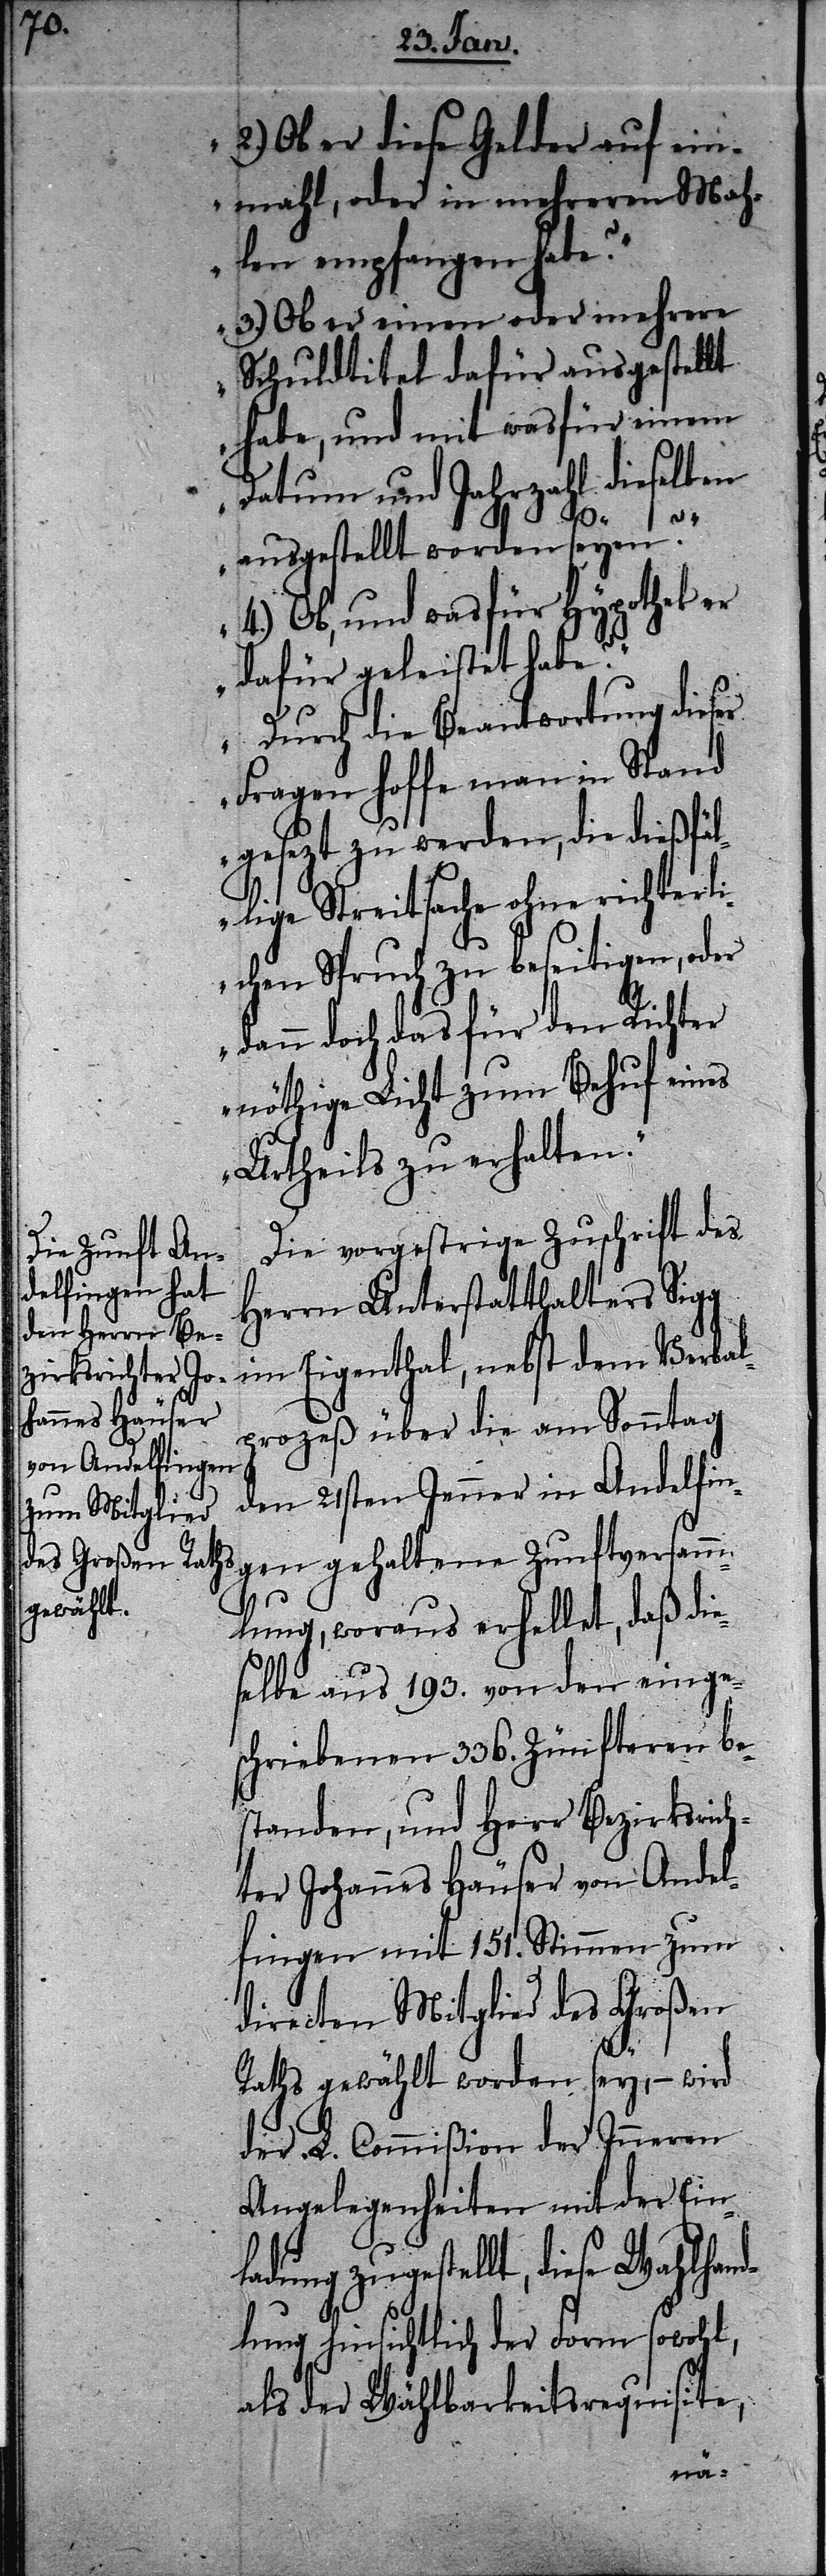
2) Ob er diese Gelder auf ein¬
mahl, oder in mehreren Mah¬
len empfangen habe?
3.) Ob er einen oder mehrere
Schuldtitel dafür ausgestellt
habe, und mit was für einem
Datum und Jahrzahl dieselben
ausgestellt worden seyen?“
4.) Ob. und was für Hypothek er
dafür geleistet habe?“
Durch die Beantwortung dieser
Fragen hoffe man in Stand
gesetzt zu werden, die dießfäl¬
lige Streitsache ohne richterli¬
chen Spruch zu beseitigen, oder
dann doch das für den Richter
nöthige Licht zum Behuf eines
Urtheils zu erhalten.“
Die vorgestrige Zuschrift des
Herrn Unterstatthalters Sigg
im Eigenthal, nebst dem Verbal¬
prozeß über die am Sonntag
den 21sten Jenner in Andelfin¬
gen gehaltene Zunftversamm¬
lung, woraus erhellet, daß die¬
selbe aus 193. von den einge¬
schriebenen 336. Zünfteren be¬
standen, und Herr Bezirksrich¬
ter Johannes Häuser von Andel¬
fingen mit 151. Stimmen zum
directen Mitglied des Großen
Raths gewählt worden sey, – wird
der L. Commißion der Inneren
Angelegenheiten mit der Einl¬
adung zugestellt, diese Wahlhan¬
dlung hinsichtlich der Form sowohl,
als der Wählbarkeitsrequisite,